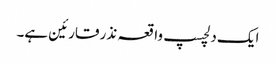
ایک دلچسپ واقعہ نذر قارئین ہے۔